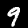
Label: 9